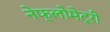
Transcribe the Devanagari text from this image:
नेफ्लोमेट्री